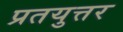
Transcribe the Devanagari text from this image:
प्रतयुत्तर